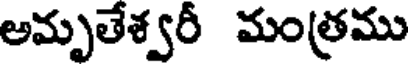
అమృతేశ్వరీ మంత్రము